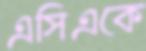
এসিএকে